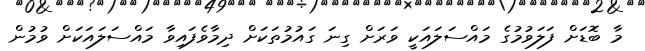
މާ ބޮޑަށް ފަލަވުމުގެ މައްސަލައަކީ ވަރަށް ގިނަ ގައުމުތަކަށް ދިމާވެފައިވާ މައްސަލައަކަށް ވުމުން